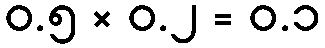
၀.၅ × ၀.၂ = ၀.၁